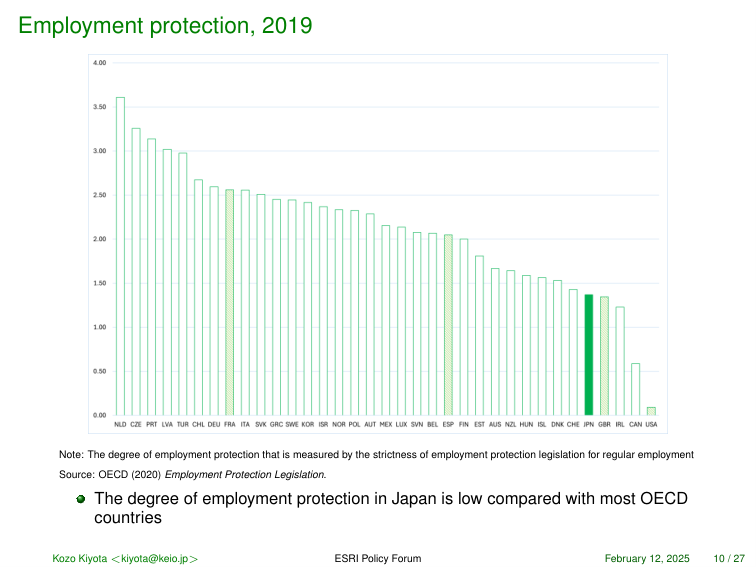
Employment protection, 2019

4.00
3.50
3.00
2.50
2.00
1.50
1.00
0.50
0.00

NLD CZE PRT LVA TUR CHL DEU FRA ITA SVK GRC SWE KOR ISR NOR POL AUT MEX LUX SVN BEL ESP FIN EST AUS NZL HUN ISL DNK CHE JPN GBR IRL CAN USA

Note: The degree of employment protection that is measured by the strictness of employment protection legislation for regular employment
Source: OECD (2020) Employment Protection Legislation.

• The degree of employment protection in Japan is low compared with most OECD countries

Kozo Kiyota <kiyota@keio.jp> ESRI Policy Forum February 12, 2025 10 / 27